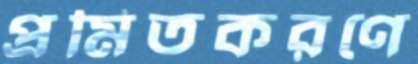
প্রমিতকরণে